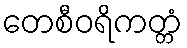
တေစီဝရိကတ္တံ